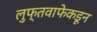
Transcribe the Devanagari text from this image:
लुफ्तवाफेकडून